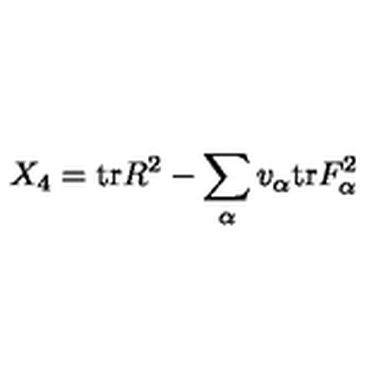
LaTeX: X _ { 4 } = \mathrm { t r } R ^ { 2 } - \sum _ { \alpha } v _ { \alpha } \mathrm { t r } F _ { \alpha } ^ { 2 }